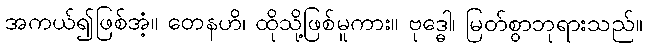
အကယ်၍ဖြစ်အံ့။ တေနဟိ၊ ထိုသို့ဖြစ်မူကား။ ဗုဒ္ဓေါ၊ မြတ်စွာဘုရားသည်။